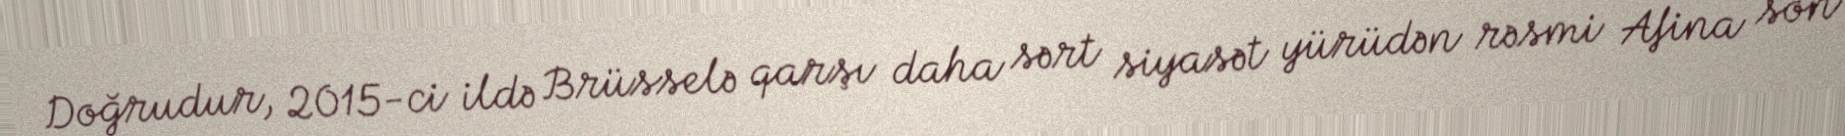
Doğrudur, 2015-ci ildə Brüsselə qarşı daha sərt siyasət yürüdən rəsmi Afina son